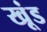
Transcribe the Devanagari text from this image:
खूंड